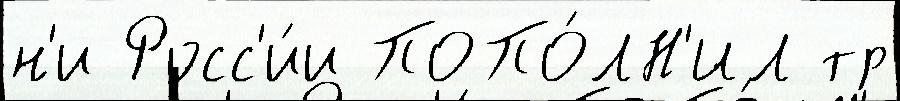
н'и Росс'и́и ПОПО́ЛН'ИЛ тр